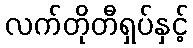
လက်တိုတီရှပ်နှင့်